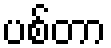
ပစ်တာ